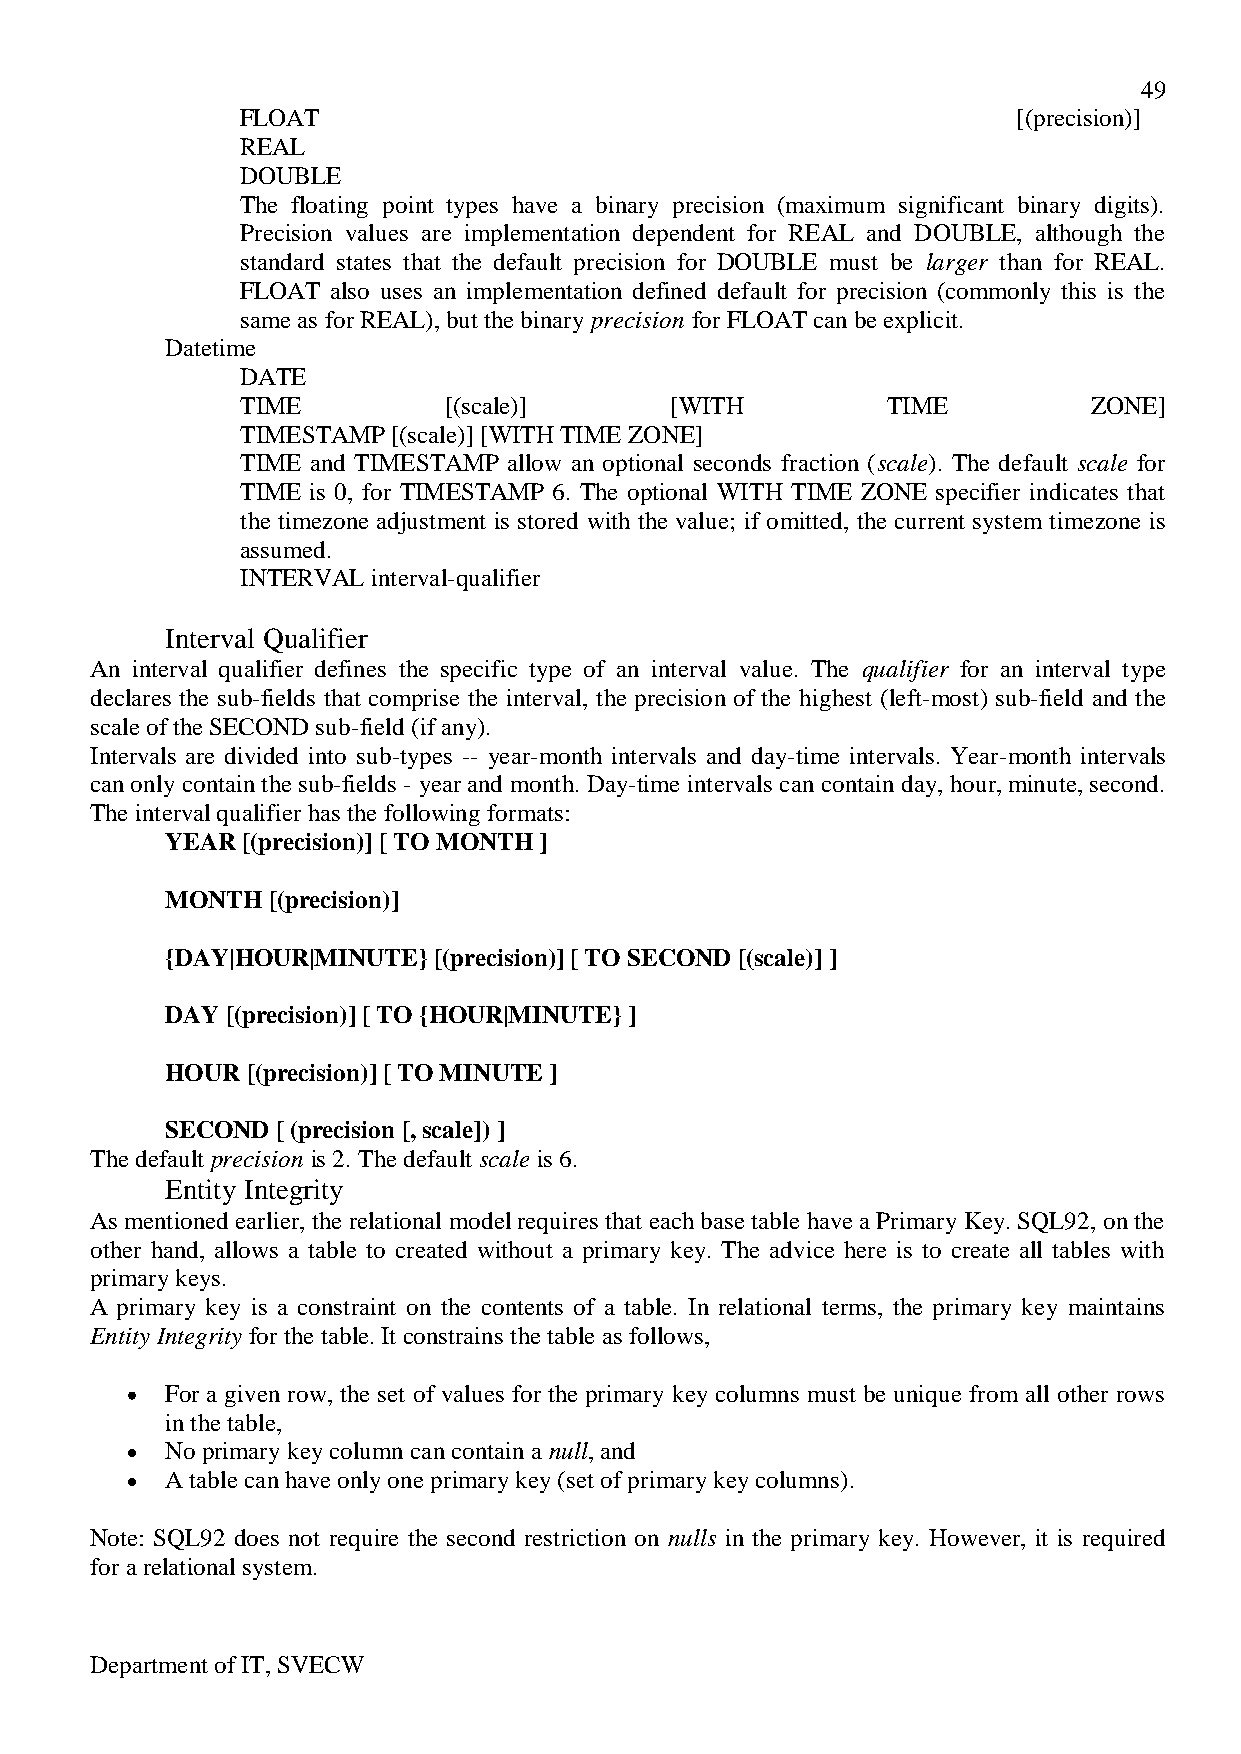
49
 FLOAT                                              [(precision)]
 REAL
 DOUBLE
 The floating point types have a binary precision (maximum significant binary digits).
 Precision values are implementation dependent for REAL and DOUBLE, although the
 standard states that the default precision for DOUBLE must be larger than for REAL.
 FLOAT also uses an implementation defined default for precision (commonly this is the
 same as for REAL), but the binary precision for FLOAT can be explicit.
 Datetime
 DATE
 TIME         [(scale)]      [WITH          TIME         ZONE]
 TIMESTAMP [(scale)] [WITH TIME ZONE]
 TIME and TIMESTAMP allow an optional seconds fraction (scale). The default scale for
 TIME is 0, for TIMESTAMP 6. The optional WITH TIME ZONE specifier indicates that
 the timezone adjustment is stored with the value; if omitted, the current system timezone is
 assumed.
 INTERVAL interval-qualifier
 Interval Qualifier
 An interval qualifier defines the specific type of an interval value. The qualifier for an interval type
 declares the sub-fields that comprise the interval, the precision of the highest (left-most) sub-field and the
 scale of the SECOND sub-field (if any).
 Intervals are divided into sub-types -- year-month intervals and day-time intervals. Year-month intervals
 can only contain the sub-fields - year and month. Day-time intervals can contain day, hour, minute, second.
 The interval qualifier has the following formats:
 YEAR [(precision)] [ TO MONTH ]
 MONTH  [(precision)]
 {DAY|HOUR|MINUTE} [(precision)] [ TO SECOND [(scale)] ]
 DAY [(precision)] [ TO {HOUR|MINUTE} ]
 HOUR [(precision)] [ TO MINUTE ]
 SECOND [ (precision [, scale]) ]
 The default precision is 2. The default scale is 6.
 Entity Integrity
 As mentioned earlier, the relational model requires that each base table have a Primary Key. SQL92, on the
 other hand, allows a table to created without a primary key. The advice here is to create all tables with
 primary keys.
 A primary key is a constraint on the contents of a table. In relational terms, the primary key maintains
 Entity Integrity for the table. It constrains the table as follows,
 For a given row, the set of values for the primary key columns must be unique from all other rows
 in the table,
 No primary key column can contain a null, and
 A table can have only one primary key (set of primary key columns).
 Note: SQL92 does not require the second restriction on nulls in the primary key. However, it is required
 for a relational system.
 Department of IT, SVECW